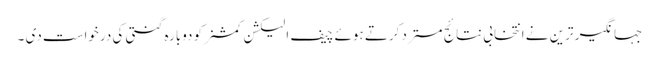
جہانگیر ترین نے انتخابی نتائج مسترد کرتے ہوئے چیف الیکشن کمشنر کو دوبارہ گنتی کی درخواست دی ۔